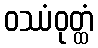
ဝဿံဝုတ္ထံ